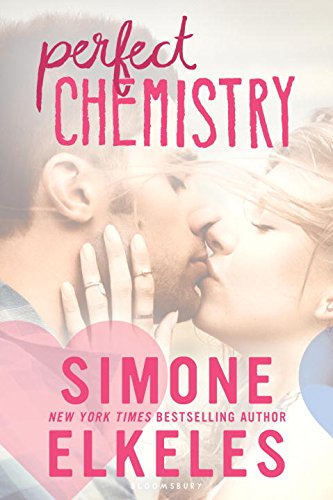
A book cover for Perfect Chemistry (A Perfect Chemistry Novel); Simone Elkeles; Teen & Young Adult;